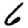
Digit: 6